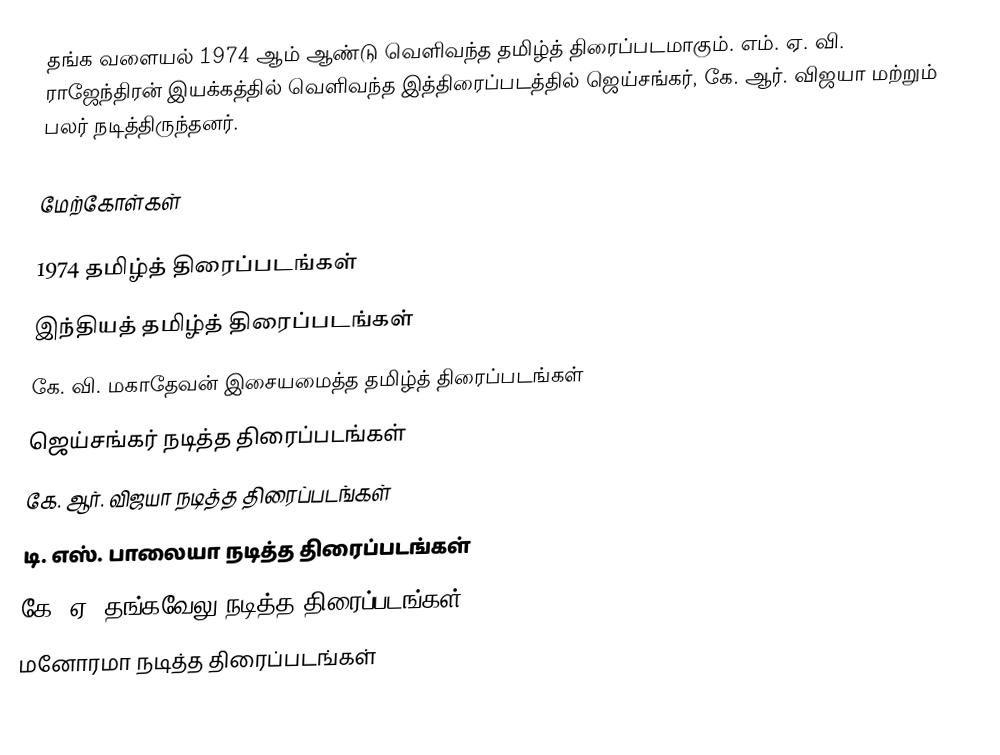
தங்க வளையல் 1974 ஆம் ஆண்டு வெளிவந்த தமிழ்த் திரைப்படமாகும். எம். ஏ. வி. ராஜேந்திரன் இயக்கத்தில் வெளிவந்த இத்திரைப்படத்தில் ஜெய்சங்கர், கே. ஆர். விஜயா மற்றும் பலர் நடித்திருந்தனர்.

மேற்கோள்கள்

1974 தமிழ்த் திரைப்படங்கள்
இந்தியத் தமிழ்த் திரைப்படங்கள்
கே. வி. மகாதேவன் இசையமைத்த தமிழ்த் திரைப்படங்கள்
ஜெய்சங்கர் நடித்த திரைப்படங்கள்
கே. ஆர். விஜயா நடித்த திரைப்படங்கள்
டி. எஸ். பாலையா நடித்த திரைப்படங்கள்
கே. ஏ. தங்கவேலு நடித்த திரைப்படங்கள்
மனோரமா நடித்த திரைப்படங்கள்